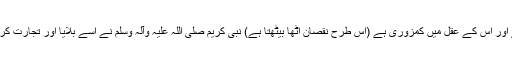
آپ اس آدمی پر پابندی لگا دیں، کیونکہ وہ سودے کرتا ہے اور اس کے عقل میں کمزوری ہے (اس طرح نقصان اٹھا بیٹھتا ہے) نبی کریم ‌صلی ‌اللہ ‌علیہ ‌وآلہ ‌وسلم نے اسے بلایا اور تجارت کرنے سے منع کر دیا، لیکن اس نے کہا: اے اللہ کے رسول!